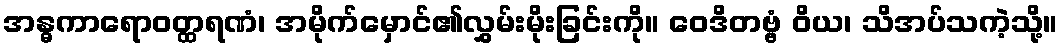
အန္ဓကာရောဝတ္ထရဏံ၊ အမိုက်မှောင်၏လွှမ်းမိုးခြင်းကို။ ဝေဒိတဗ္ဗံ ဝိယ၊ သိအပ်သကဲ့သို့။